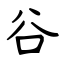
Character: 谷